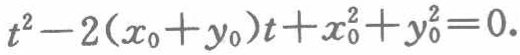
\(t^{2}-2(x_{0}+y_{0})t + x_{0}^{2}+y_{0}^{2}=0.\)